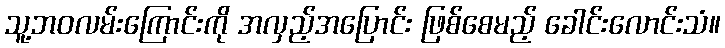
သူ့ဘဝလမ်းကြောင်းကို အလှည့်အပြောင်း ဖြစ်စေမည့် ခေါင်းလောင်းသံ။